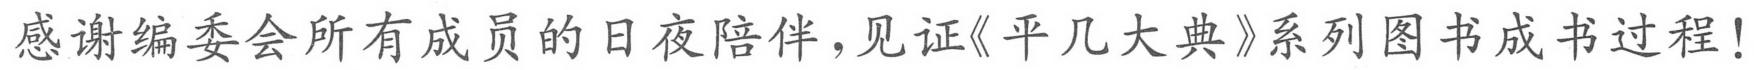
感谢编委会所有成员的日夜陪伴，见证《平几大典》系列图书成书过程！